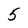
Character: 5